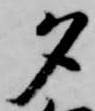
夕